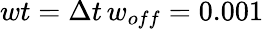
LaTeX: wt=\Delta t\, w_{off}=0.001